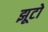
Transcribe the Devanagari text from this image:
झूटो